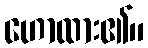
ဟောထား၏။